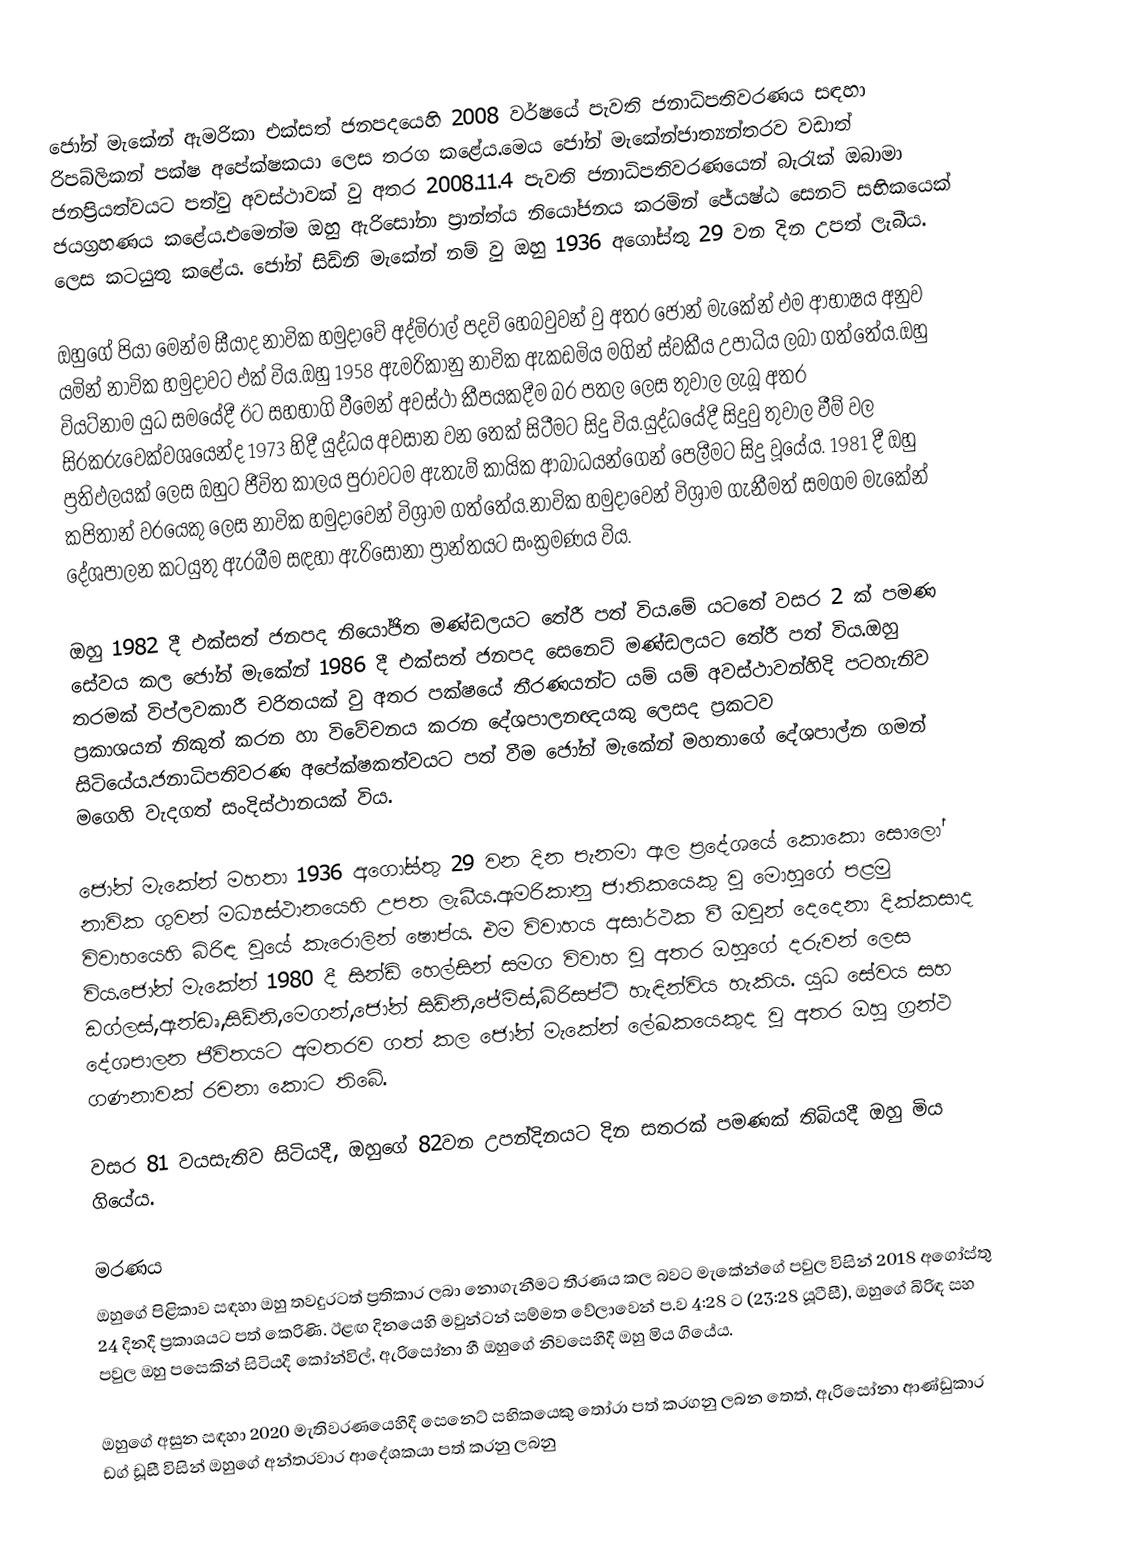
ජෝන් මැකේන් ඇමරිකා එක්සත් ජනපදයෙහි 2008 වර්ෂයේ පැවති ජනාධිපතිවරණය සඳහා රිපබ්ලිකන් පක්ෂ අපේක්ෂකයා ලෙස තරග කළේය.මෙය ජෝන් මැකේන්ජාත්‍යන්තරව වඩාත් ජනප්‍රියත්වයට පත්වු අවස්ථාවක් වු අතර 2008.11.4 පැවති ජනාධිපතිවරණයෙන් බැ‍රැක් ඔබාමා ජයග්‍රහණය කළේය.එමෙන්ම ඔහු ඇරිසෝනා ප්‍රාන්ත්ය නියෝජනය කරමින් ජේ‍යෂ්ඨ සෙනට් සභිකයෙක් ලෙස කටයුතු කළේය. ජෝන් සිඩ්නි මැකේන් නම් වු ඔහු 1936 අගෝස්තු 29 වන දින උපත් ලැබීය.

ඔහුගේ පියා මෙන්ම සීයාද නාවික හමුදාවේ අද්මිරාල් පදවි හෙබවුවන් වු අතර ජෝන් මැකේන් එම ආභාෂය අනුව යමින් නාවික හමුදාවට එක් විය.ඔහු 1958 ඇමරිකානු නාවික ඇකඩමිය මගින් ස්වකීය උපාධිය ලබා ගත්තේය.ඔහු වියට්නාම යුධ සමයේදී ඊට සහභාගි වීමෙන් අවස්ථා කීපයකදීම බර පතල ලෙස තුවාල ලැබූ අතර සිරකරුවෙක්වශයෙන්ද 1973 හිදී යුද්ධය අවසාන වන තෙක් සිටීමට සිදු විය.යුද්ධයේදී සිදුවු තුවාල වීම් වල ප්‍රතිඵලයක් ලෙස ඔහුට ජීවිත කාලය පුරාවටම ඇතැම් කායික ආබාධයන්ගෙන් පෙලීමට සිදු වූයේය. 1981 දී ඔහු කපිතාන් වරයෙකු ලෙස නාවික හමුදාවෙන් විශ්‍රාම ගත්තේය.නාවික හමුදාවෙන් විශ්‍රාම ගැනීමත් සමගම මැකේන් දේශපාලන කටයුතු ඇරබීම සඳහා ඇරිසෝනා ප්‍රාන්තයට සංක්‍රමණය විය.

ඔහු 1982 දී එක්සත් ජනපද නියෝජිත මණ්ඩලයට තේරී පත් විය.මේ යටතේ වසර 2 ක් පමණ සේවය කල ජෝන් මැකේන් 1986 දී එක්සත් ජනපද සෙනෙට් මණ්ඩලයට තේරී පත් විය.ඔහු තරමක් විප්ලවකාරී චරිතයක් වු අතර පක්ෂයේ තීරණයන්ට යම් යම් අවස්ථාවන්හිදි පටහැනිව ප්‍රකාශයන් නිකුත් කරන හා විවේචනය කරන දේශපාලනඥයකු ලෙසද ප්‍රකටව සිටියේය.ජනාධිපතිවරණ අපේක්ෂකත්වයට පත් වීම ජෝන් මැකේන් මහතාගේ දේශපාල්න ගමන් මගෙහි වැදගත් සංදිස්ථානයක් විය.

ජෝන් මැකේන් මහතා 1936 අගෝස්තු 29 වන දින පැනමා ඇල ප්‍රදේශයේ කොකො සොලෝ නාවික ගුවන් මධ්‍යස්ථානයෙහි උපත ලැබීය.ඇමරිකානු ජාතිකයෙකු වු මොහුගේ පළමු විවාහයෙහි බිරිඳ වුයේ කැරොලින් ෂොප්ය. එම විවාහය අසාර්ථක වී ඔවුන් දෙදෙනා දික්කසාද විය.ජෝන් මැකේන් 1980 දී සින්ඩි හෙල්සින් සමග විවාහ වු අතර ඔහුගේ දරුවන් ලෙස ඩග්ලස්,ඇන්ඩෘ,සිඩ්නි,මෙගන්,ජෝන් සිඩ්නි,ජේමිස්,බිරිසප්ට් හැඳින්විය හැකිය. යුධ සේවය සහ දේශපාලන ජීවිතයට අමතරව ගත් කල ජෝන් මැකේන් ලේඛකයෙකුද වු අතර ඔහු ග්‍රන්ථ ගණනාවක් රචනා කොට තිබේ.

වසර 81 වයසැතිව සිටියදී, ඔහුගේ 82වන උපන්දිනයට දින සතරක් පමණක් තිබියදී ඔහු මිය ගියේය.

මරණය
ඔහුගේ පිළිකාව සඳහා ඔහු තවදුරටත් ප්‍රතිකාර ලබා නොගැනීමට තීරණය කල බවට මැකේන්ගේ පවුල  විසින් 2018 අගෝස්තු 24 දිනදී ප්‍රකාශයට පත් කෙරිණි.  ඊළඟ දිනයෙහි මවුන්ටන් සම්මත වේලාවෙන් ප.ව 4:28 ට (23:28 යූටීසී), ඔහුගේ බිරිඳ සහ පවුල ඔහු පසෙකින් සිටියදී කෝන්විල්, ඇරිසෝනා හී ඔහුගේ නිවසෙහිදී ඔහු මිය ගියේය.

ඔහුගේ අසුන සඳහා 2020 මැතිවරණයෙහිදී සෙනෙට් සභිකයෙකු තෝරා පත් කරගනු ලබන තෙත්,  ඇරිසෝනා ආණ්ඩුකාර ඩග් ඩූසී විසින් ඔහුගේ අන්තරවාර ආදේශකයා පත් කරනු ලබනු